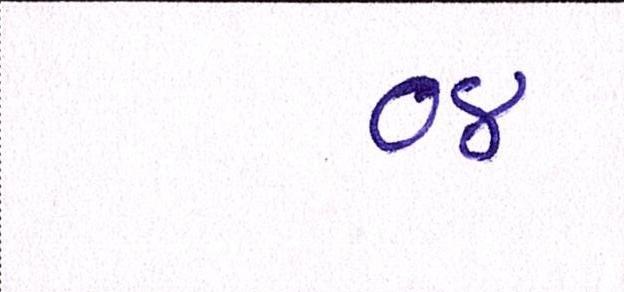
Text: ૦૪